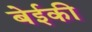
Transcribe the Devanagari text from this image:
बेईकी